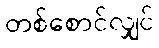
တစ်စောင်လျှင်